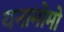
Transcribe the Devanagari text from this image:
यनामोमो